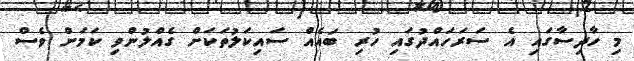
މި ހާދިސާގައި އެ ސަރަހައްދުގައި ހުރި ބައެއް ސައިކަލުތަކަށް ގެއްލުންވި ކަމަށް ވެސް